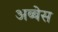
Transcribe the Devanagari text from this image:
अब्बेस